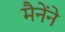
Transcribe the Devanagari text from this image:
मैनेंने